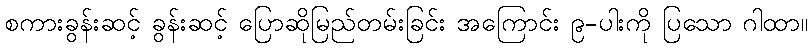
စကားခွန်းဆင့် ခွန်းဆင့် ပြောဆိုမြည်တမ်းခြင်း အကြောင်း ၉-ပါးကို ပြသော ဂါထာ။